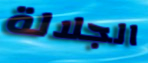
الجلالة